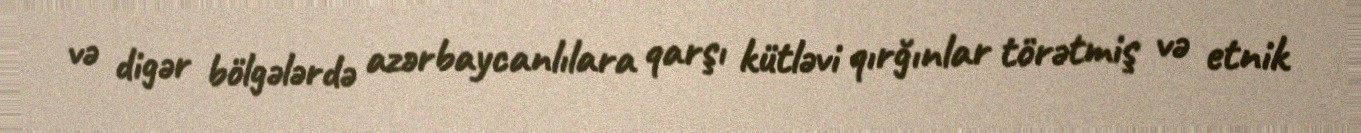
və digər bölgələrdə azərbaycanlılara qarşı kütləvi qırğınlar törətmiş və etnik